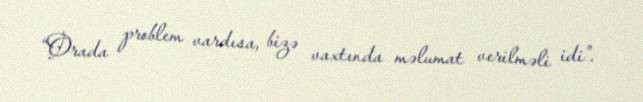
“Orada problem vardısa, bizə vaxtında məlumat verilməli idi”.